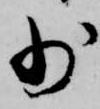
少